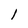
Character: I